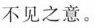
不见之意。